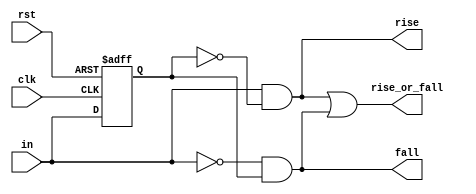
module Edge_Detector(
    input clk,
    input rst,
    input in,
    output rise,
    output fall,
    output rise_or_fall
    );
    reg D_out;
    
    always @(posedge clk or negedge rst)
    begin
        if(!rst)
            D_out <= 0;
        else
            D_out <= in;
    end
    
    assign rise = in & !D_out;
    assign fall = !in & D_out;
    assign rise_or_fall = rise | fall;
endmodule